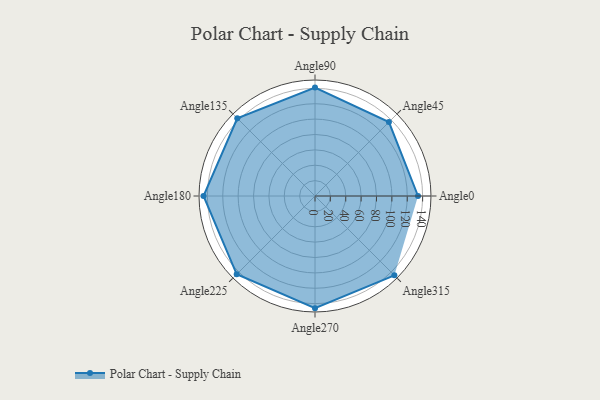
{"axis": {"x": "Angle", "y": "Radius"}, "legend": [""], "data": [{"x": "Angle0", "y": 134.0, "type": ""}, {"x": "Angle45", "y": 136.0, "type": ""}, {"x": "Angle90", "y": 141.0, "type": ""}, {"x": "Angle135", "y": 143.0, "type": ""}, {"x": "Angle180", "y": 145.0, "type": ""}, {"x": "Angle225", "y": 144.0, "type": ""}, {"x": "Angle270", "y": 146.0, "type": ""}, {"x": "Angle315", "y": 146.0, "type": ""}]}